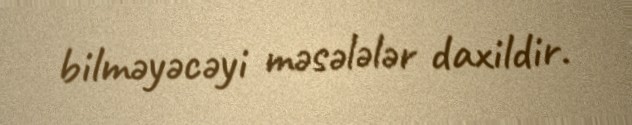
bilməyəcəyi məsələlər daxildir.